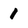
Character: 1